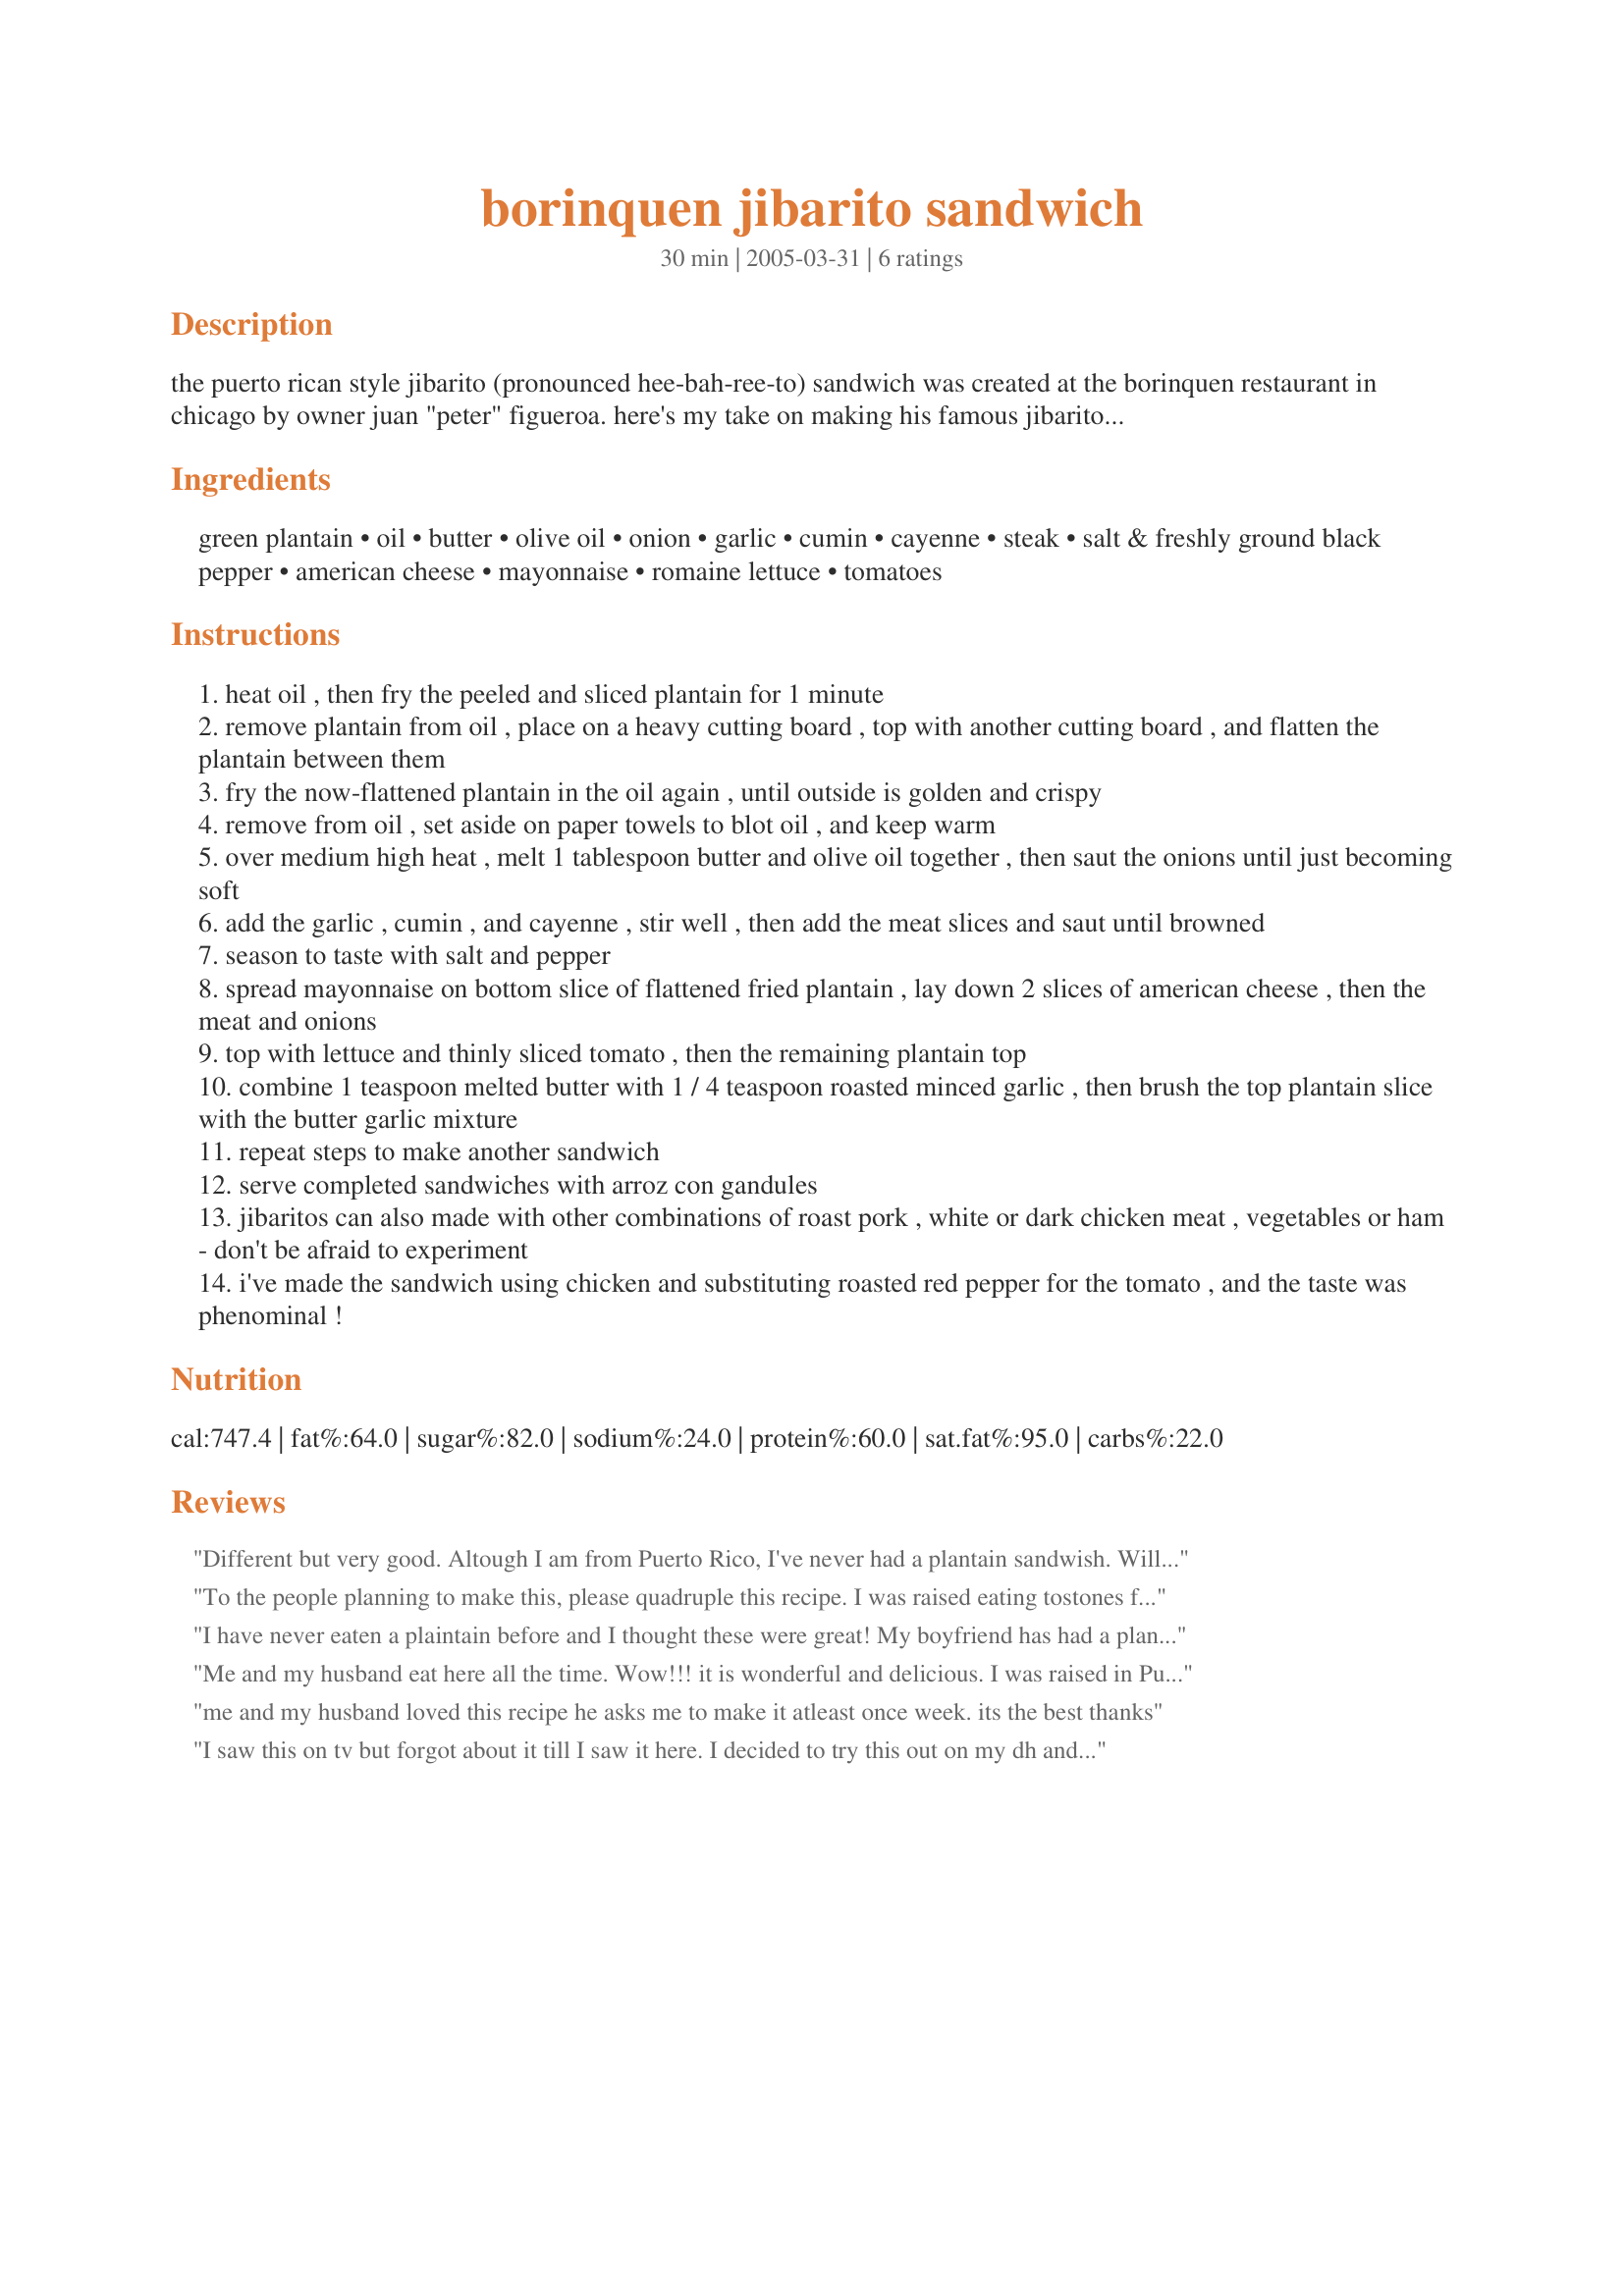
borinquen jibarito sandwich
Preparation time: 30 minutes

the puerto rican style jibarito (pronounced hee-bah-ree-to) sandwich was created at the borinquen restaurant in chicago by owner juan "peter" figueroa. here's my take on making his famous jibarito at home. the plantain "bread slices" for this sandwich are most easily made if you have a large deep fryer, but it can also be done in a deep skillet with oil. i originally saw this made on foodtv's "roker on the road" (episode "on a roll"). according to the borinquen website, these sandwiches are known as "emparedado de platano" in puerto rico.

Ingredients:
green plantain, oil, butter, olive oil, onion, garlic, cumin, cayenne, steak, salt & freshly ground black pepper, american cheese, mayonnaise, romaine lettuce, tomatoes

Steps:
heat oil , then fry the peeled and sliced plantain for 1 minute
remove plantain from oil , place on a heavy cutting board , top with another cutting board , and flatten the plantain between them
fry the now-flattened plantain in the oil again , until outside is golden and crispy
remove from oil , set aside on paper towels to blot oil , and keep warm
over medium high heat , melt 1 tablespoon butter and olive oil together , then saut the onions until just becoming soft
add the garlic , cumin , and cayenne , stir well , then add the meat slices and saut until browned
season to taste with salt and pepper
spread mayonnaise on bottom slice of flattened fried plantain , lay down 2 slices of american cheese , then the meat and onions
top with lettuce and thinly sliced tomato , then the remaining plantain top
combine 1 teaspoon melted butter with 1 / 4 teaspoon roasted minced garlic , then brush the top plantain slice with the butter garlic mixture
repeat steps to make another sandwich
serve completed sandwiches with arroz con gandules
jibaritos can also made with other combinations of roast pork , white or dark chicken meat , vegetables or ham - don't be afraid to experiment
i've made the sandwich using chicken and substituting roasted red pepper for the tomato , and the taste was phenominal !

Reviews:
Different but very good. Altough I am from Puerto Rico, I've never had a plantain sandwish. Will try it next time with some thinly sliced pork al ajillo or pork with mojito!
To the people planning to make this, please quadruple this recipe. I was raised eating tostones for as long as I can remember, and it's usually a side to rice and meat; so I thought, I don't know what the big deal is. But I guess the simple matter of adding the fixings and condiments just takes it to a different level. Loved it!
I have never eaten a plaintain before and I thought these were great! My boyfriend has had a plantain fried alone before and loved it, so when he saw what I was doing to it he wanted me to stop, but once it was all together and he tasted it, he loved it!
Me and my husband eat here all the time. Wow!!! it is wonderful and delicious. I was raised in Puerto Rico never tasted anything like this. The best in Chicago, TRY IT!!!!
me and my husband loved this recipe he asks me to make it atleast once week. its the best thanks
I saw this on tv but forgot about it till I saw it here. I decided to try this out on my dh and I am so glad that I did. The taste of this sandwich is phenomenal. My plantain was a bit ripe so we ended up with open face sandwiches but it still worked well. I also used deli honey turkey slices and swiss cheese sandwich slices. We will definitely make these again. I'm thinking that a rice with black beans would be a good side dish.
